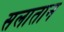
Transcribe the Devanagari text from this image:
सलातान